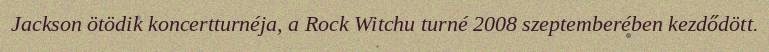
Jackson ötödik koncertturnéja, a Rock Witchu turné 2008 szeptemberében kezdődött.